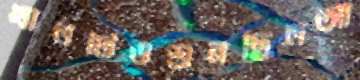
খালটিওশুনছিলআ